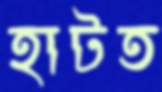
হাটত